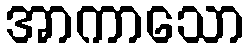
အာကာသော